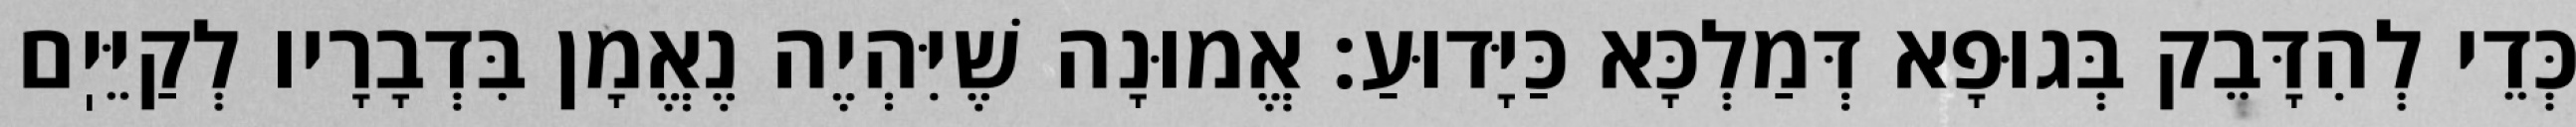
כְּדֵי לְהִדָּבֵק בְּגוּפָא דְּמַלְכָּא כַּיָּדוּעַ: אֱמוּנָה שֶׁיִּהְיֶה נֶאֱמָן בִּדְבָרָיו לְקַיֵּיֽם